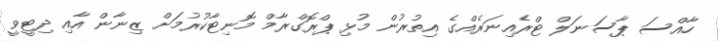
ހާއްސަ ޕާސަނަލް ޓްރެއިނަރެއްގެ އިތުރުން މުޅި ޕްރޮގްރާމް މޮނިޓާކުރުމަށް ޒިނާން އާއި ދިޓީވީ